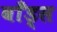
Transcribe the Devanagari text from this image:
बाँड्स